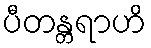
ပီတန္တရာဟိ